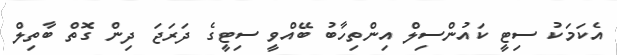
އެކަމަކު ސިޓީ ކައުންސިލް އިންތިހާބު ބޭއްވީ ސިޓީގެ ދަރަޖަ ދިން ގޮތް ބާތިލް